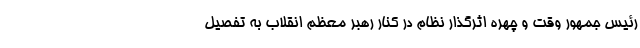
رئیس جمهور وقت و چهره اثرگذار نظام در کنار رهبر معظم انقلاب به تفصیل